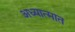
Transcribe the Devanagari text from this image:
अध्यात्मात